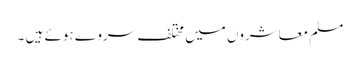
مسلم معاشروں میں مختلف سروے ہوئے ہیں ۔